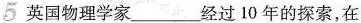
5 英国物理学家___经过10年的探索，在